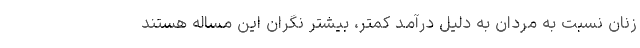
زنان نسبت به مردان به دلیل درآمد کمتر، بیشتر نگران این مساله هستند